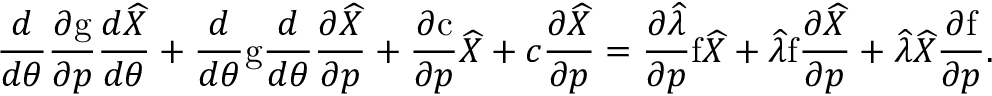
\frac { d } { d \theta } \frac { \partial \mathrm { g } } { \partial \boldsymbol { p } } \frac { d \widehat { X } } { d \theta } + \frac { d } { d \theta } \mathrm { g } \frac { d } { d \theta } \frac { \partial \widehat { X } } { \partial \boldsymbol { p } } + \frac { \partial \mathrm { c } } { \partial \boldsymbol { p } } \widehat { X } + c \frac { \partial \widehat { X } } { \partial \boldsymbol { p } } = \frac { \partial \widehat { \lambda } } { \partial \boldsymbol { p } } \mathrm { f } \widehat { X } + \widehat { \lambda } \mathrm { f } \frac { \partial \widehat { X } } { \partial \boldsymbol { p } } + \widehat { \lambda } \widehat { X } \frac { \partial \mathrm { f } } { \partial \boldsymbol { p } } .